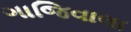
ગાજિવાલા